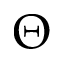
\Theta